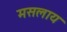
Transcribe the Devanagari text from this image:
मसलाय